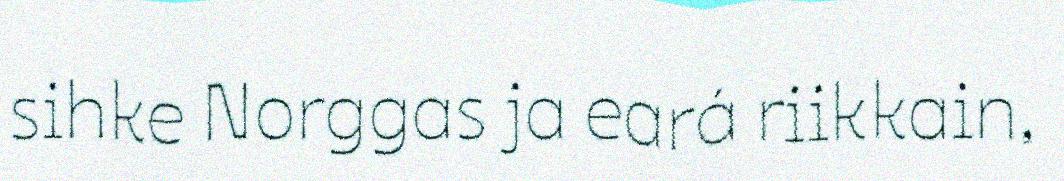
sihke Norggas ja eará riikkain,